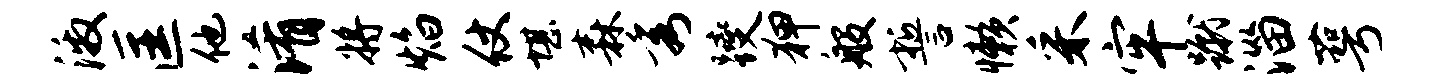
激匡他淆将焰仗堪森秀躞狎般誓懒采牢蹴淄萼